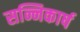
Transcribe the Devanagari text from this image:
सन्निकार्ष